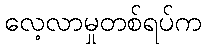
လေ့လာမှုတစ်ရပ်က